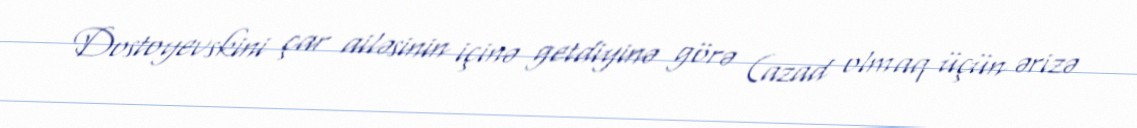
Dostoyevskini çar ailəsinin içinə getdiyinə görə (azad olmaq üçün ərizə